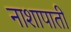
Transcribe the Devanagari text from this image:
नाशापाती